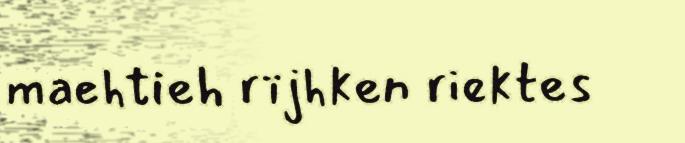
maehtieh rïjhken riektes